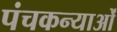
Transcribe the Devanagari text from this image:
पंचकन्याओं